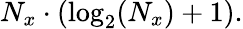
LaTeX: N_{x}\cdot(\log_{2}(N_{x})+1).